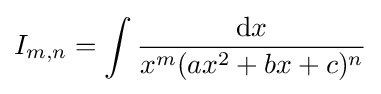
I_{m,n}=\int {\frac {{\text{d}}x}{x^{m}(ax^{2}+bx+c)^{n}}}\,\!